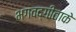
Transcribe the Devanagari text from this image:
भगवद्गीताके